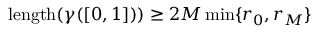
\mathrm { l e n g t h } ( \gamma ( [ 0 , 1 ] ) ) \ge 2 M \operatorname* { m i n } \{ r _ { 0 } , r _ { M } \}